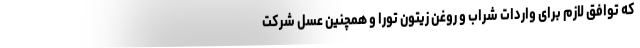
که توافق لازم برای واردات شراب و روغن زیتون تورا و همچنین عسل شرکت